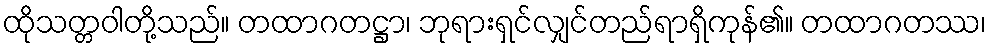
ထိုသတ္တဝါတို့သည်။ တထာဂတဋ္ဌာ၊ ဘုရားရှင်လျှင်တည်ရာရှိကုန်၏။ တထာဂတဿ၊